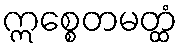
ဣစ္စေတမတ္ထံ